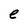
Character: e